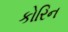
કોરિન